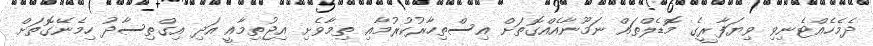
ދެމެހެއްޓެނިވި ވިޔަފާރީގެ މޮޑެލްތައް ނަމޫނާއެއްގޮތަށް އިސްތިހާރުކުރުމާއި ތިމާވެށި އިޖުތިމާއީ އަދި އިގްތިސާދު ހިމެނޭގޮތަށް